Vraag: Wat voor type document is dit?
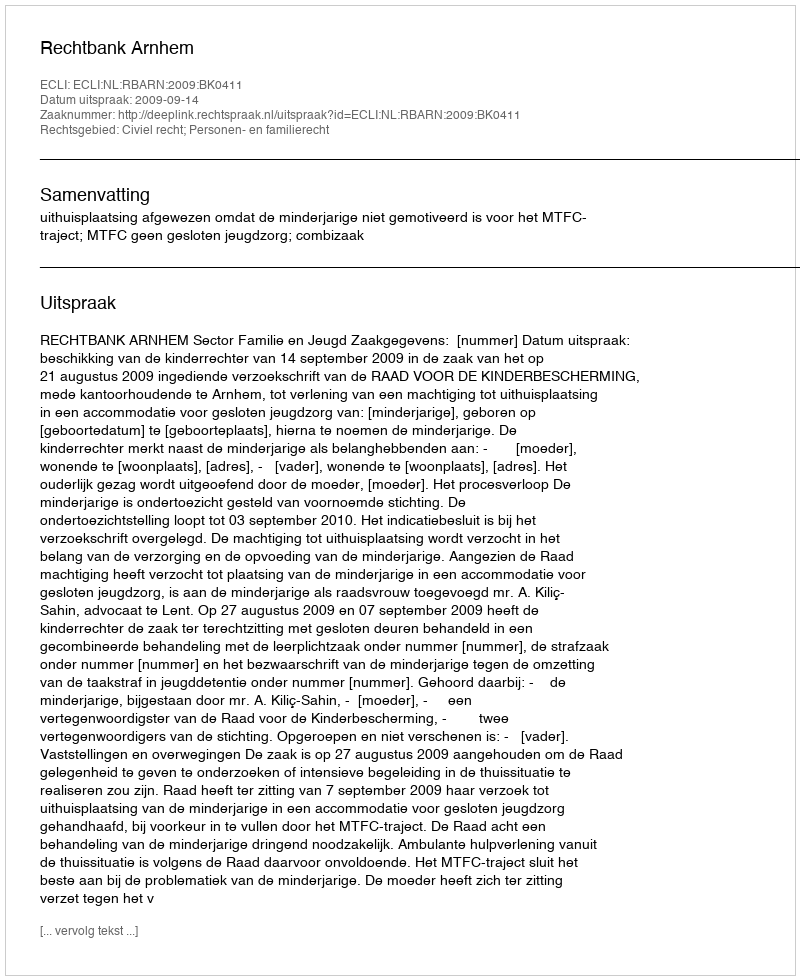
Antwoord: Uitspraak